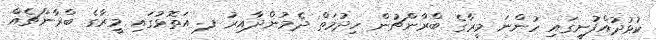
ކުޅުދުއްފުށީގައި ހުންނަ މީރާގެ ބްރާންޗުން ހިދުމަތް ދެމުންދާއިރު ފ. އަތޮޅުގައި މީރާގެ ބްރާންޗެއް